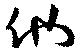
他